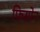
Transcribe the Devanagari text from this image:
फिसोन